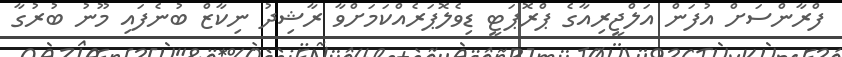
ފްރާންސަށް އުފަން އަލްޖީރިއާގެ ޕްރޮޕަޓީ ޑިވެލޮޕަރެއްކަމަށްވާ ރާޝިދު ނިކާޒް ބުނެފައި މޫނު ބުރުގާ